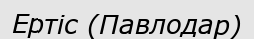
Ертіс (Павлодар)